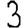
Digit: 3